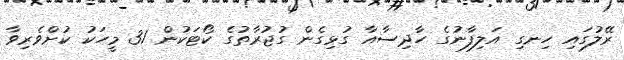
ރޭލުގައި ހިނގި އަލިފާނުގެ ހާދިސާއާ ގުޅިގެން ގުޖުރާތުގެ ކޯޓަކުން 31 މީހަކު ކުށްވެރިވާ